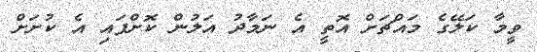
ވީމާ ކަލޭގެ މައްޗަށް އޮތީ އެ ނަމާދު އަލުން ކޮށްފައި އެ ކުށަށް